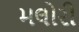
મલોરી